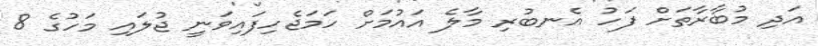
އަދި މުބާރާތަށް ފަހު އެނބުރި މާލެ އައުމަށް ހަމަޖެހިފައިވަނީ ޖުލައި މަހުގެ 8